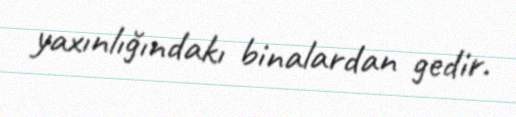
yaxınlığındakı binalardan gedir.